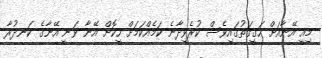
މިއީ އޭނާއަށް ހަގީގަތުގައިވެސް ކުރެވިދާނެ ކަމެއްކަމަށް ހީކޮށް އޭނާ ވަނީ އޭނާގެ ކަނދުރާ